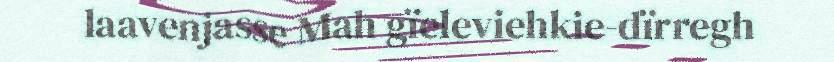
laavenjasse Mah gïeleviehkie-dïrregh